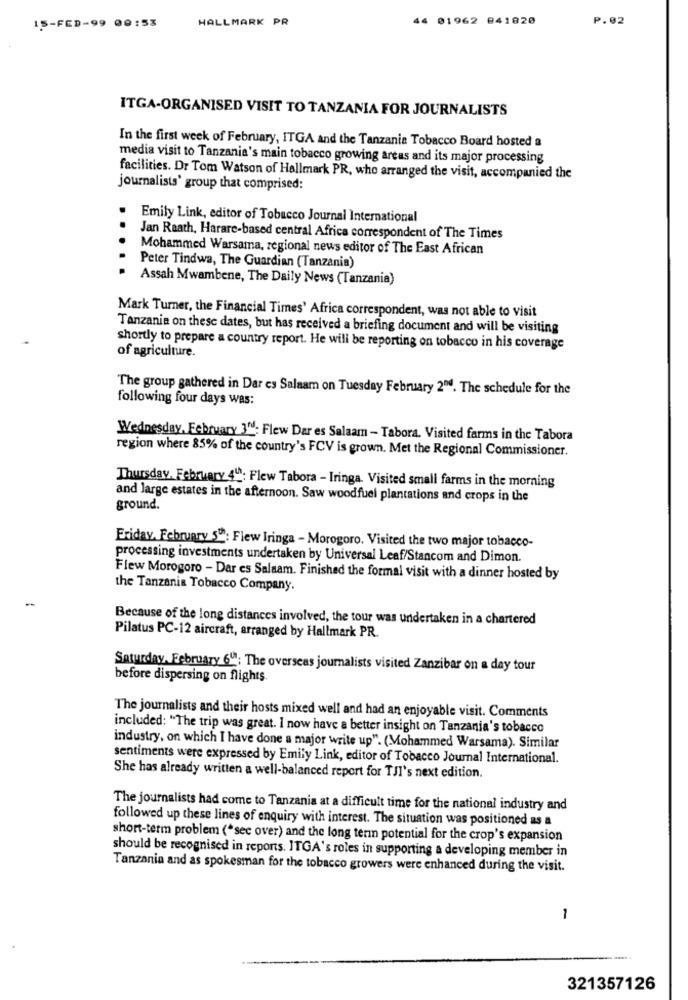
HALLMARK PR
44 01962 841020
P.02
15-FED-99 09:53
ITGA-ORGANISED VISIT TO TANZANIA FOR JOURNALISTS
In the first week of February, ITGA and the Tanzania Tobacco Board hosted a
media visit to Tanzania's main tobacco growing areas and its major processing
facilities. Dr Tom Watson of Hallmark PR, who arranged the visit, accompanied the
journalists' group that comprised:
Emily Link, editor of Tobacco Journal International
..
Jan Raath, Harare-based central Africa correspondent of The Times
Mohammed Warsama, regional news editor of The East African
Peter Tindwa, The Guardian (Tanzania)
Assah Mwambene, The Daily News (Tanzania)
Mark Turner, the Financial Times' Africa correspondent, was not able to visit
Tanzania on these dates, but has received a briefing document and will be visiting
of agriculture.
shortly to prepare a country report. He will be reporting on tobacco in his coverage
The group gathered in Dar es Salaam on Tuesday February 204. The schedule for the
following four days was:
Wednesday, February 3": Flew Dar es Salaam - Tabora. Visited farms in the Tabora
region where 85% of the country's FCV is grown. Met the Regional Commissioner.
Thursday, February 4": Flew Tabora - Iringa. Visited small farms in the morning
and large estates in the afternoon. Saw woodfuel plantations and crops in the
ground.
Friday, February 5": Flew Iringa - Morogoro. Visited the two major tobacco-
processing investments undertaken by Universal Leaf/Stancom and Dimon.
Flew Morogoro - Dar es Salaam. Finished the formal visit with a dinner hosted by
the Tanzania Tobacco Company.
Because of the long distances involved, the tour was undertaken in a chartered
Pilatus PC-12 aircraft, arranged by Hallmark PR.
Saturday, February 600; The overseas journalists visited Zanzibar on a day tour
before dispersing on flights.
The journalists and their hosts mixed well and had an enjoyable visit. Comments
included: "The trip was great. I now have a better insight on Tanzania's tobacco
industry, on which I have done a major write up". (Mohammed Warsama). Similar
sentiments were expressed by Emily Link, editor of Tobacco Journal International.
She has already written a well-balanced report for TJI's next edition.
The journalists had come to Tanzania at a difficult time for the national industry and
followed up these lines of enquiry with interest. The situation was positioned as a
short-term problem ("sec over) and the long term potential for the crop's expansion
should be recognised in reports. ITGA's roles in supporting a developing member in
Tanzania and as spokesman for the tobacco growers were enhanced during the visit.
1
321357126